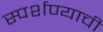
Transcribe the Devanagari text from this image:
स्पर्शण्याची